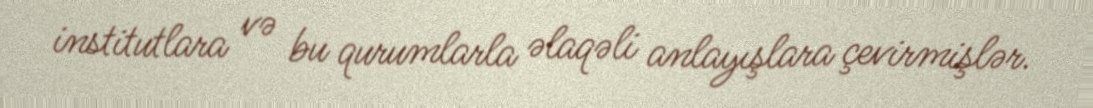
institutlara və bu qurumlarla əlaqəli anlayışlara çevirmişlər.